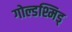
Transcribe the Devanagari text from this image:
गोल्डश्मिड्